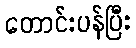
တောင်းပန်ပြီး